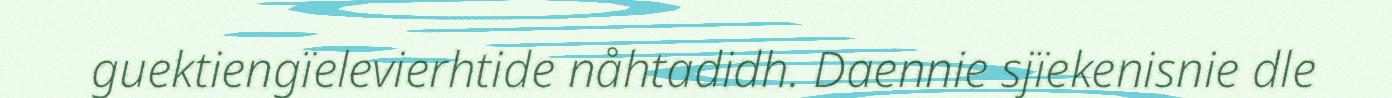
guektiengïelevierhtide nåhtadidh. Daennie sjïekenisnie dle